Vaccination in the Punjab 1883-1896 - 1883-1896
Year: 1883
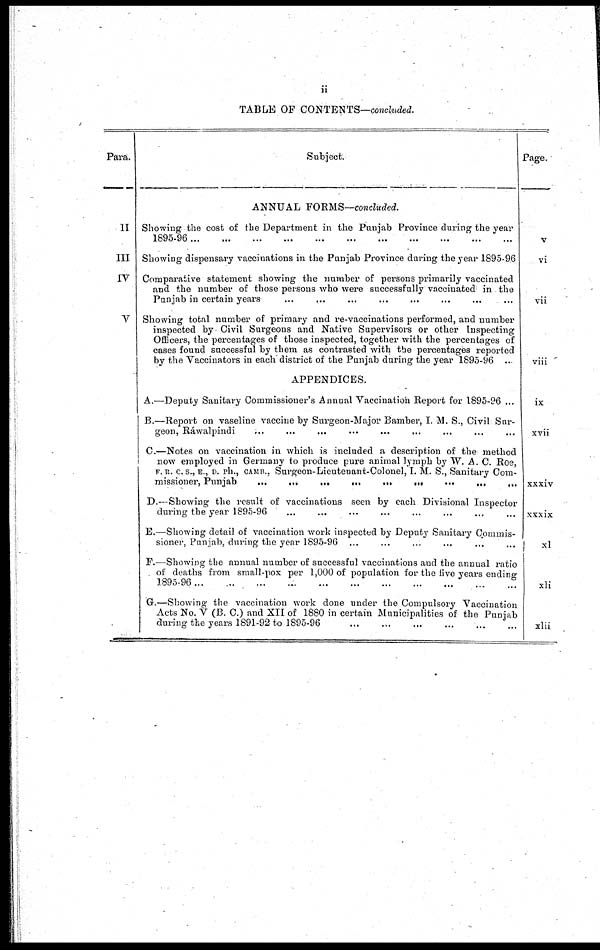
ii
TABLE OF CONTENTS—concluded.
Para.
II
III
IV
V
Subject.
ANNUAL FORMS—concluded.
Showing the cost of the Department in the Punjab Province during the year
1895-96
...
...
...
...
...
...
...
...
Showing dispensary vaccinations in the Punjab Province during the year 1895-96
Comparative statement showing the number of persons primarily vaccinated
and the number of those persons who were successfully vaccinated in the
Punjab in certain years
...
...
...
...
...
...
...
...
Showing total number of primary and re-vaccinations performed, and number
inspected by Civil Surgeons and Native Supervisors or other Inspecting
Officers, the percentages of those inspected, together with the percentages of
cases found successful by them as contrasted with the percentages reported
by the Vaccinators in each district of the Punjab during the year 1895-96 ...
APPENDICES.
A.—Deputy Sanitary Commissioner's Annual Vaccination Report for 1895-96 ...
B.—Report on vaseline vaccine by Surgeon-Major Bamber, I. M. S., Civil Sur-
geon, Rawalpindi
C.—Notes on vaccination in which is included a description of the method
now employed in Germany to produce pure animal lymph by W. A. C. Roe,
F. R. C. S., E., D. ph., CAMB. , Surgeon-Lieutenant-Colonel, I. M. S., Sanitary Com-
missioner, Punjab
...
...
...
...
...
...
...
...
D.—Showing the result of vaccinations seen by each Divisional Inspector
during the year 1895-96
...
...
...
...
...
...
...
...
E.—Showing detail of vaccination work inspected by Deputy Sanitary Commis-
sioner, Punjab, during the year 1895-96 ... ... ... ... ... ... ...
F.—Showing the annual number of successful vaccinations and the annual ratio
of deaths from small-pox per 1,000 of population for the live years ending
1895-96
...
...
...
...
...
...
...
G.—Showing the vaccination work done under the Compulsory Vaccination
Acts No. V (B. C.) and XII of 1880 in certain Municipalities of the Punjab
during the years 1891-92 to 1895-96
...
...
...
...
...
...
...
Page.
v
vi
vii
viii
ix
xvii
xxxiv
xxxix
xl
xli
xlii